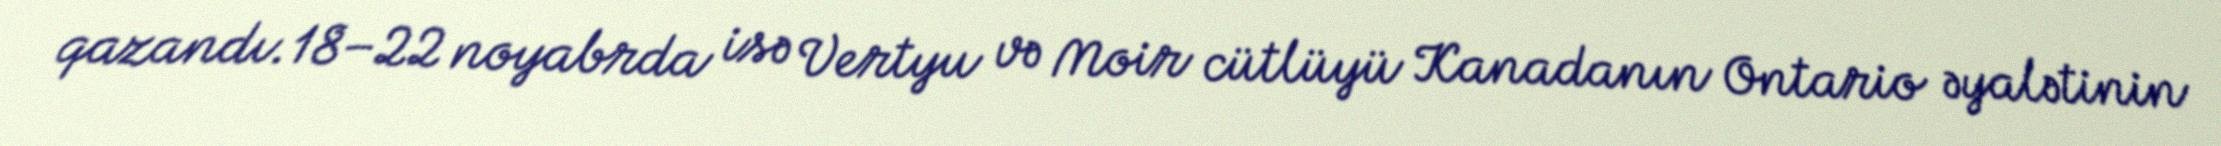
qazandı.18–22 noyabrda isə Vertyu və Moir cütlüyü Kanadanın Ontario əyalətinin